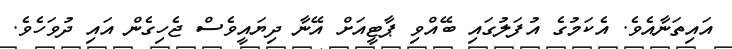
އައިތަނާއެވެ. އެކަމުގެ އުފަލުގައި ބޭއްވި ޕާޓީއަށް އޭނާ ދިޔައީވެސް ޖެހިގެން އައި ދުވަހެވެ.